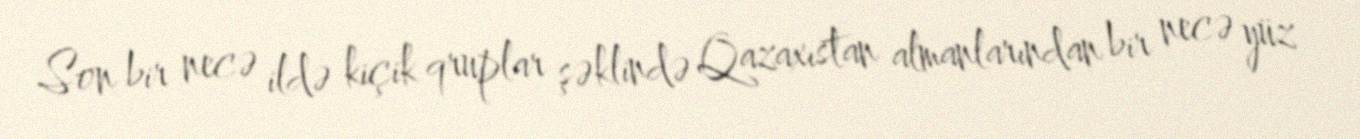
Son bir necə ildə kiçik qruplar şəklində Qazaxıstan almanlarından bir necə yüz